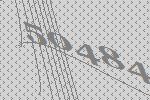
50484